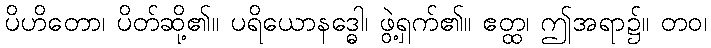
ပိဟိတော၊ ပိတ်ဆို့၏။ ပရိယောနဒ္ဓေါ၊ ဖွဲ့ရှက်၏။ ဧတ္ထ၊ ဤအရာ၌။ တဝ၊